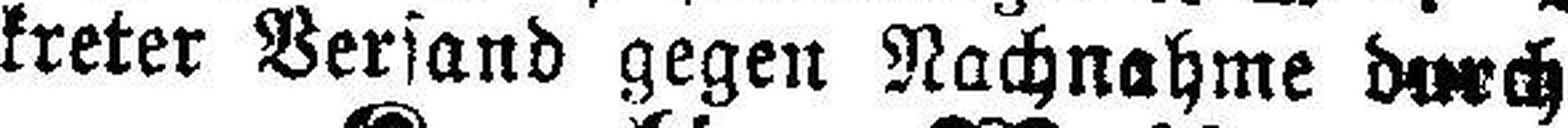
kreter Versand gegen Nachnahme durch